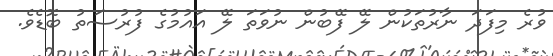
ވުރެ މިފަދަ ނާރުތަކުން ލޭ ފޭބުން ނުވަތަ ލޭ އައުމުގެ ފުރުސަތު ބޮޑެވެ.